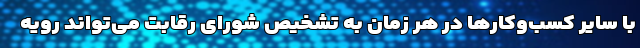
با سایر کسب‌وکارها در هر زمان به تشخیص شورای رقابت می‌تواند رویه